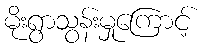
မိုးရွာသွန်းမှုကြောင့်